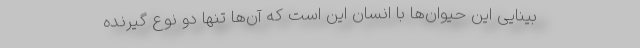
بینایی این حیوان‌ها با انسان این است که آن‌ها تنها دو نوع گیرنده